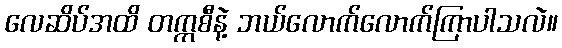
လေဆိပ်အထိ တက္ကစီနဲ့ ဘယ်လောက်လောက်ကြာပါသလဲ။